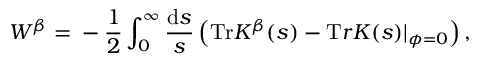
W ^ { \beta } = \mathrm { } - \frac 1 { 2 } \int _ { 0 } ^ { \infty } \frac { \mathrm { d } s } { s } \left( { \mathrm { T r } } K ^ { \beta } ( s ) - { \mathrm T r } K ( s ) | _ { \phi = 0 } \right) ,